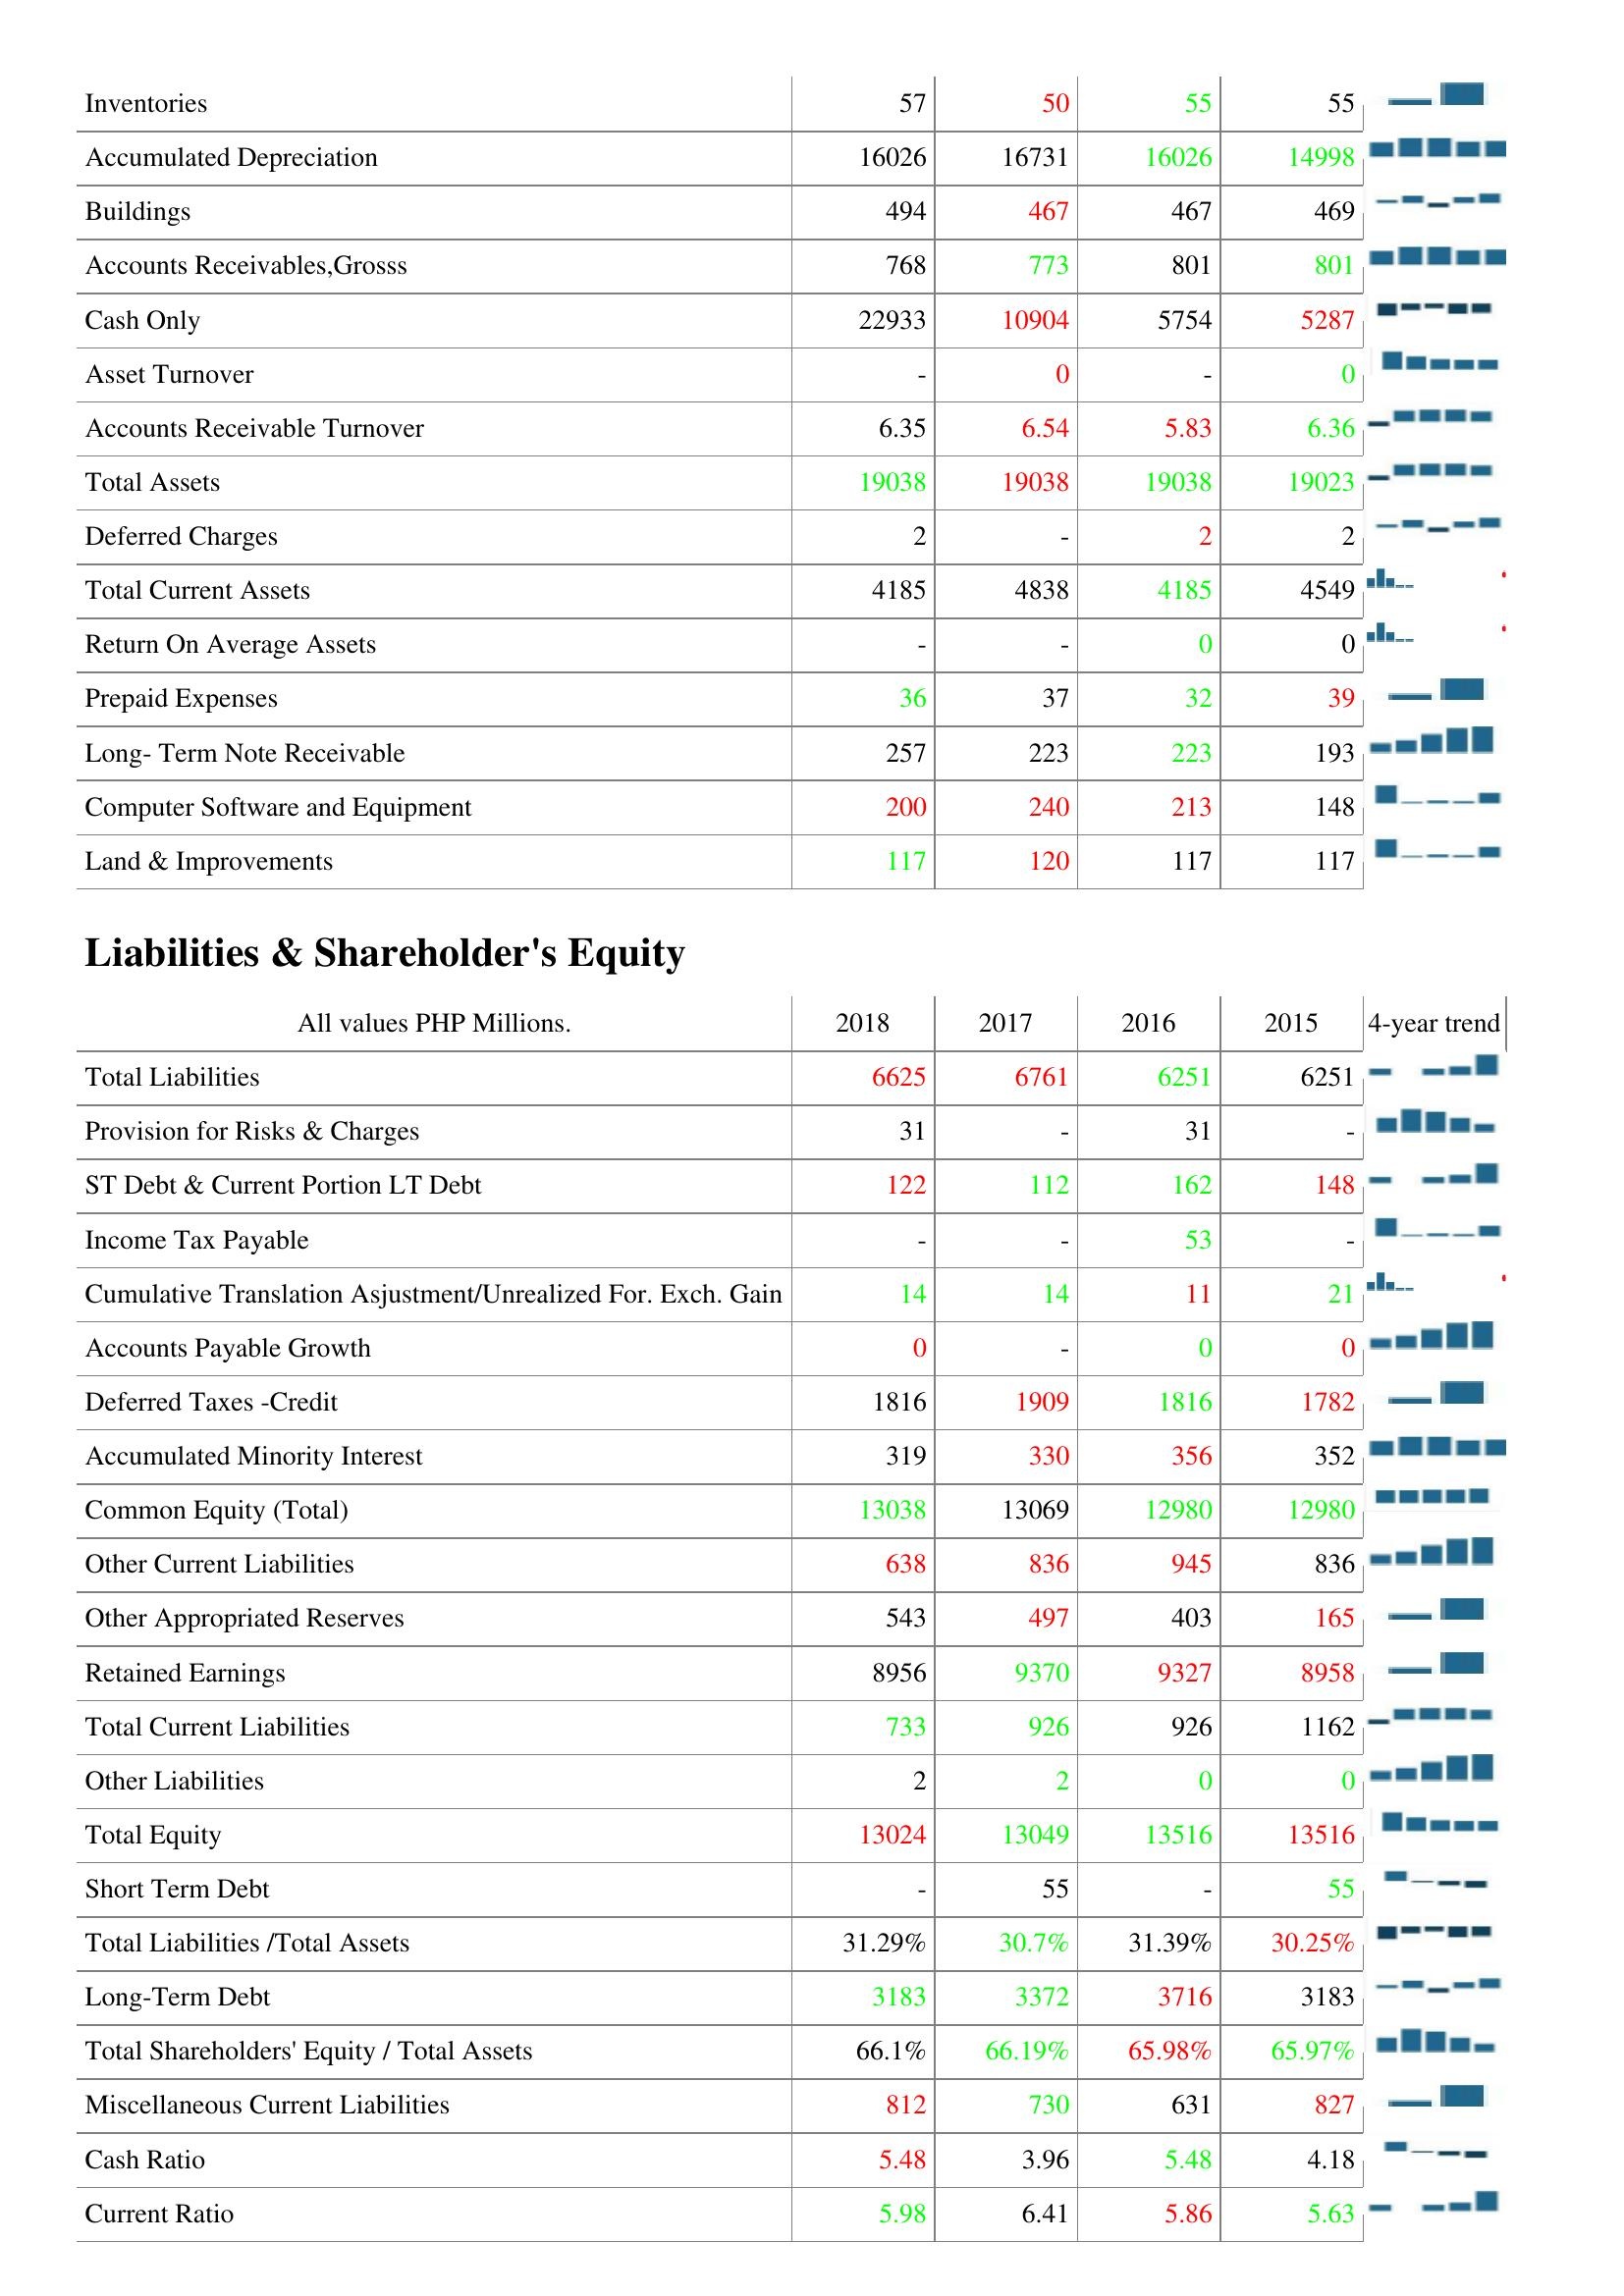
2018: Assets: Inventories: 57
Accumulated Depreciation: 16026
Buildings: 494
Accounts Receivables,Grosss: 768
Cash Only: 22933
Asset Turnover: -
Accounts Receivable Turnover: 6.35
Total Assets: 19038
Deferred Charges: 2
Total Current Assets: 4185
Return On Average Assets: -
Prepaid Expenses: 36
Long- Term Note Receivable: 257
Computer Software and Equipment: 200
Land & Improvements: 117
Liabilities & Shareholder's Equity: Total Liabilities: 6625
Provision for Risks & Charges: 31
ST Debt & Current Portion LT Debt: 122
Income Tax Payable: -
Cumulative Translation Asjustment/Unrealized For. Exch. Gain: 14
Accounts Payable Growth: 0
Deferred Taxes -Credit: 1816
Accumulated Minority Interest: 319
Common Equity (Total): 13038
Other Current Liabilities: 638
Other Appropriated Reserves: 543
Retained Earnings: 8956
Total Current Liabilities: 733
Other Liabilities: 2
Total Equity: 13024
Short Term Debt: -
Total Liabilities /Total Assets: 31.29%
Long-Term Debt: 3183
Total Shareholders' Equity / Total Assets: 66.1%
Miscellaneous Current Liabilities: 812
Cash Ratio: 5.48
Current Ratio: 5.98
2017: Assets: Inventories: 50
Accumulated Depreciation: 16731
Buildings: 467
Accounts Receivables,Grosss: 773
Cash Only: 10904
Asset Turnover: 0
Accounts Receivable Turnover: 6.54
Total Assets: 19038
Deferred Charges: -
Total Current Assets: 4838
Return On Average Assets: -
Prepaid Expenses: 37
Long- Term Note Receivable: 223
Computer Software and Equipment: 240
Land & Improvements: 120
Liabilities & Shareholder's Equity: Total Liabilities: 6761
Provision for Risks & Charges: -
ST Debt & Current Portion LT Debt: 112
Income Tax Payable: -
Cumulative Translation Asjustment/Unrealized For. Exch. Gain: 14
Accounts Payable Growth: -
Deferred Taxes -Credit: 1909
Accumulated Minority Interest: 330
Common Equity (Total): 13069
Other Current Liabilities: 836
Other Appropriated Reserves: 497
Retained Earnings: 9370
Total Current Liabilities: 926
Other Liabilities: 2
Total Equity: 13049
Short Term Debt: 55
Total Liabilities /Total Assets: 30.7%
Long-Term Debt: 3372
Total Shareholders' Equity / Total Assets: 66.19%
Miscellaneous Current Liabilities: 730
Cash Ratio: 3.96
Current Ratio: 6.41
2016: Assets: Inventories: 55
Accumulated Depreciation: 16026
Buildings: 467
Accounts Receivables,Grosss: 801
Cash Only: 5754
Asset Turnover: -
Accounts Receivable Turnover: 5.83
Total Assets: 19038
Deferred Charges: 2
Total Current Assets: 4185
Return On Average Assets: 0
Prepaid Expenses: 32
Long- Term Note Receivable: 223
Computer Software and Equipment: 213
Land & Improvements: 117
Liabilities & Shareholder's Equity: Total Liabilities: 6251
Provision for Risks & Charges: 31
ST Debt & Current Portion LT Debt: 162
Income Tax Payable: 53
Cumulative Translation Asjustment/Unrealized For. Exch. Gain: 11
Accounts Payable Growth: 0
Deferred Taxes -Credit: 1816
Accumulated Minority Interest: 356
Common Equity (Total): 12980
Other Current Liabilities: 945
Other Appropriated Reserves: 403
Retained Earnings: 9327
Total Current Liabilities: 926
Other Liabilities: 0
Total Equity: 13516
Short Term Debt: -
Total Liabilities /Total Assets: 31.39%
Long-Term Debt: 3716
Total Shareholders' Equity / Total Assets: 65.98%
Miscellaneous Current Liabilities: 631
Cash Ratio: 5.48
Current Ratio: 5.86
2015: Assets: Inventories: 55
Accumulated Depreciation: 14998
Buildings: 469
Accounts Receivables,Grosss: 801
Cash Only: 5287
Asset Turnover: 0
Accounts Receivable Turnover: 6.36
Total Assets: 19023
Deferred Charges: 2
Total Current Assets: 4549
Return On Average Assets: 0
Prepaid Expenses: 39
Long- Term Note Receivable: 193
Computer Software and Equipment: 148
Land & Improvements: 117
Liabilities & Shareholder's Equity: Total Liabilities: 6251
Provision for Risks & Charges: -
ST Debt & Current Portion LT Debt: 148
Income Tax Payable: -
Cumulative Translation Asjustment/Unrealized For. Exch. Gain: 21
Accounts Payable Growth: 0
Deferred Taxes -Credit: 1782
Accumulated Minority Interest: 352
Common Equity (Total): 12980
Other Current Liabilities: 836
Other Appropriated Reserves: 165
Retained Earnings: 8958
Total Current Liabilities: 1162
Other Liabilities: 0
Total Equity: 13516
Short Term Debt: 55
Total Liabilities /Total Assets: 30.25%
Long-Term Debt: 3183
Total Shareholders' Equity / Total Assets: 65.97%
Miscellaneous Current Liabilities: 827
Cash Ratio: 4.18
Current Ratio: 5.63